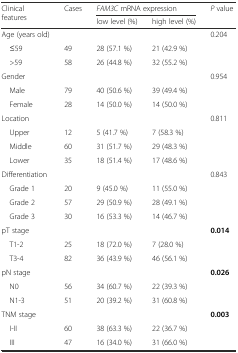
| <ROWSPAN=2> Clinical features | <ROWSPAN=2> Cases | <COLSPAN=2> FAM3C mRNA expression | <ROWSPAN=2> P value |
 | low level (%) | high level (%) |
 | --- | --- | --- | --- | --- |
 | Age (years old) |  |  |  | 0.204 |
 | ≤59 | 49 | 28 (57.1 %) | 21 (42.9 %) |  |
 | >59 | 58 | 26 (44.8 %) | 32 (55.2 %) |  |
 | Gender |  |  |  | 0.954 |
 | Male | 79 | 40 (50.6 %) | 39 (49.4 %) |  |
 | Female | 28 | 14 (50.0 %) | 14 (50.0 %) |  |
 | Location |  |  |  | 0.811 |
 | Upper | 12 | 5 (41.7 %) | 7 (58.3 %) |  |
 | Middle | 60 | 31 (51.7 %) | 29 (48.3 %) |  |
 | Lower | 35 | 18 (51.4 %) | 17 (48.6 %) |  |
 | Differentiation |  |  |  | 0.843 |
 | Grade 1 | 20 | 9 (45.0 %) | 11 (55.0 %) |  |
 | Grade 2 | 57 | 29 (50.9 %) | 28 (49.1 %) |  |
 | Grade 3 | 30 | 16 (53.3 %) | 14 (46.7 %) |  |
 | pT stage |  |  |  | 0.014 |
 | T1-2 | 25 | 18 (72.0 %) | 7 (28.0 %) |  |
 | T3-4 | 82 | 36 (43.9 %) | 46 (56.1 %) |  |
 | pN stage |  |  |  | 0.026 |
 | N0 | 56 | 34 (60.7 %) | 22 (39.3 %) |  |
 | N1-3 | 51 | 20 (39.2 %) | 31 (60.8 %) |  |
 | TNM stage |  |  |  | 0.003 |
 | I-II | 60 | 38 (63.3 %) | 22 (36.7 %) |  |
 | III | 47 | 16 (34.0 %) | 31 (66.0 %) |  |